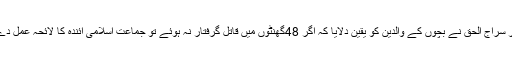
سینیٹر سراج الحق نے بچوں کے والدین کو یقین دلایا کہ اگر 48گھنٹوں میں قاتل گرفتار نہ ہوئے تو جماعت اسلامی آئندہ کا لائحہ عمل دے گی۔